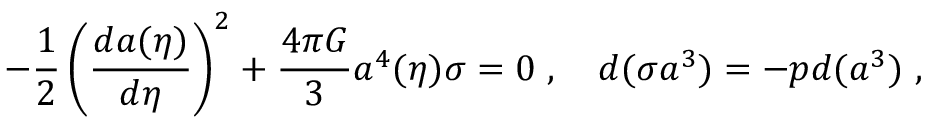
- { \frac { 1 } { 2 } } \left( { \frac { d a ( \eta ) } { d \eta } } \right) ^ { 2 } + { \frac { 4 \pi G } { 3 } } a ^ { 4 } ( \eta ) \sigma = 0 \ , \quad d ( \sigma a ^ { 3 } ) = - p d ( a ^ { 3 } ) \ ,